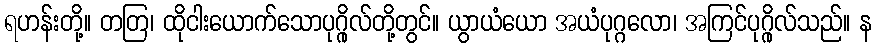
ရဟန်းတို့။ တတြ၊ ထိုငါးယောက်သောပုဂ္ဂိုလ်တို့တွင်။ ယွာယံယော အယံပုဂ္ဂလော၊ အကြင်ပုဂ္ဂိုလ်သည်။ န